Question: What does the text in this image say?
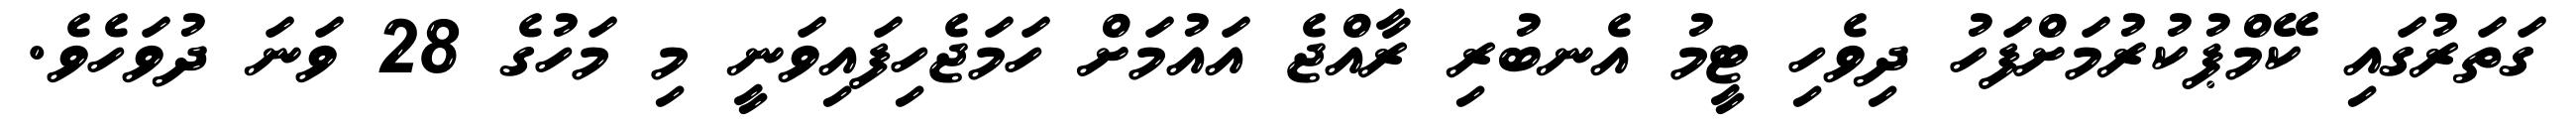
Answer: ގަތަރުގައި ކޭމްޕުކުރުމަށްފަހު ދިވެހި ޓީމު އެނބުރި ރާއްޖެ އައުމަށް ހަމަޖެހިފައިވަނީ މި މަހުގެ 28 ވަނަ ދުވަހެވެ.